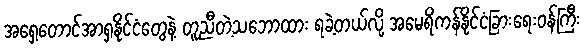
အရှေ့တောင်အာရှနိုင်ငံတွေနဲ့ တူညီတဲ့သဘောထား ရခဲ့တယ်လို့ အမေရိကန်နိုင်ငံခြားရေးဝန်ကြီး